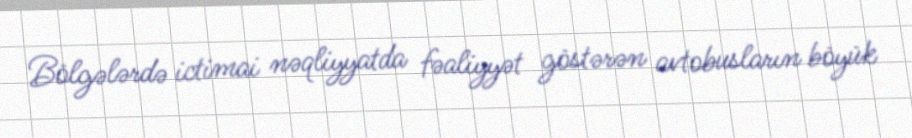
Bölgələrdə ictimai nəqliyyatda fəaliyyət göstərən avtobusların böyük